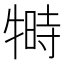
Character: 𬌦